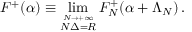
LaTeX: F ^ { + } ( \alpha ) \equiv \operatorname * { l i m } _ { \stackrel { N \rightarrow + \infty } { N \Delta = R } } F _ { N } ^ { + } ( \alpha + \Lambda _ { N } ) \, .